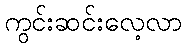
ကွင်းဆင်းလေ့လာ